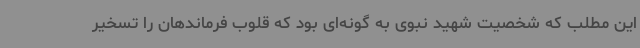
این مطلب که شخصیت شهید نبوی به گونه‌ای بود که قلوب فرماندهان را تسخیر